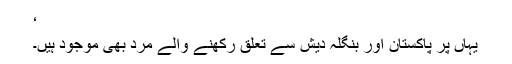
‘
یہاں پر پاکستان اور بنگلہ دیش سے تعلق رکھنے والے مرد بھی موجود ہیں۔